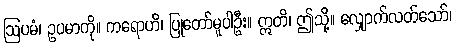
ဩပမံ၊ ဥပမာကို။ ကရောဟိ၊ ပြုတော်မူပါဦး။ ဣတိ၊ ဤသို့။ လျှောက်လတ်သော်၊